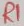
Text: R1